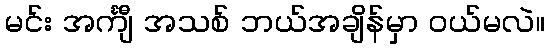
မင်း အင်္ကျီ အသစ် ဘယ်အချိန်မှာ ဝယ်မလဲ။